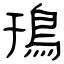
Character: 鳱